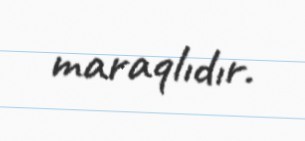
maraqlıdır.